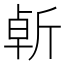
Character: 𣂣